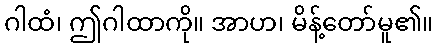
ဂါထံ၊ ဤဂါထာကို။ အာဟ၊ မိန့်တော်မူ၏။